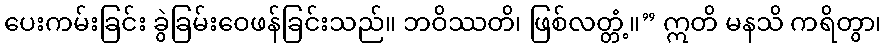
ပေးကမ်းခြင်း ခွဲခြမ်းဝေဖန်ခြင်းသည်။ ဘဝိဿတိ၊ ဖြစ်လတ္တံ့။” ဣတိ မနသိ ကရိတွာ၊